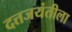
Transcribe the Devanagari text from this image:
दत्तजयंतीला